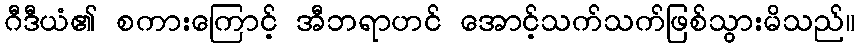
ဂီဒီယံ၏ စကားကြောင့် အီဘရာဟင် အောင့်သက်သက်ဖြစ်သွားမိသည်။